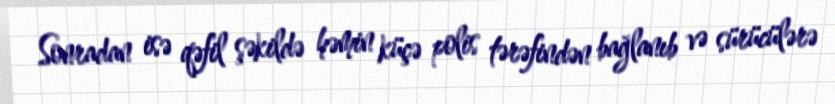
Sonradan isə qəfil şəkildə həmin küçə polis tərəfindən bağlanıb və sürücülərə